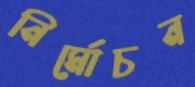
নির্মোচন